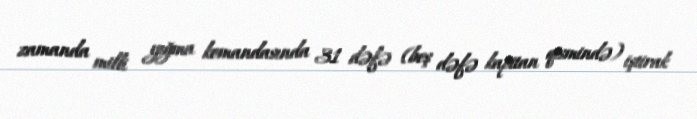
zamanda milli yığma komandasında 31 dəfə (beş dəfə kapitan qismində) iştirak